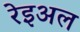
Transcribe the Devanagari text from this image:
रेइअल